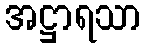
အဋ္ဌာရသာ